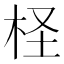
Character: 柽